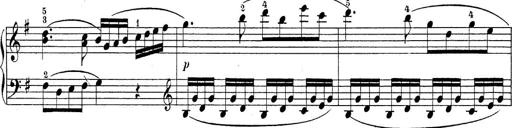
Title: Sonatina Album
Composer: Louis KÃ¶hler